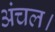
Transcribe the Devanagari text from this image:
अंचल।